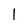
Character: 1